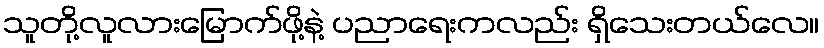
သူတို့လူလားမြောက်ဖို့နဲ့ ပညာရေးကလည်း ရှိသေးတယ်လေ။